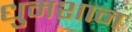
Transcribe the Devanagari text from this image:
धुमशान